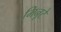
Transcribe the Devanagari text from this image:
मिनूटे